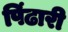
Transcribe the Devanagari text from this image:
पिंढारी